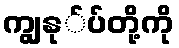
ကျွနု်ပ်တို့ကို